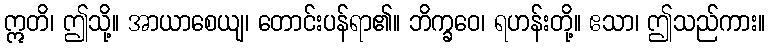
ဣတိ၊ ဤသို့။ အာယာစေယျ၊ တောင်းပန်ရာ၏။ ဘိက္ခဝေ၊ ရဟန်းတို့။ ဧသာ၊ ဤသည်ကား။